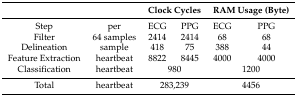
|  |  | <COLSPAN=2> Clock Cycles | <COLSPAN=2> RAM Usage (Byte) |
 | --- | --- | --- | --- | --- | --- |
 | Step | per | ECG | PPG | ECG | PPG |
 | Filter | 64 samples | 2414 | 2414 | 68 | 68 |
 | Delineation | sample | 418 | 75 | 388 | 44 |
 | Feature Extraction | heartbeat | 8822 | 8445 | 4000 | 4000 |
 | Classification | heartbeat | <COLSPAN=2> 980 | <COLSPAN=2> 1200 |
 | Total | heartbeat | <COLSPAN=2> 283,239 | <COLSPAN=2> 4456 |